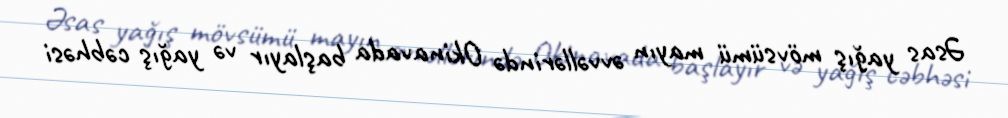
Əsas yağış mövsümü mayın əvvəllərində Okinavada başlayır və yağış cəbhəsi